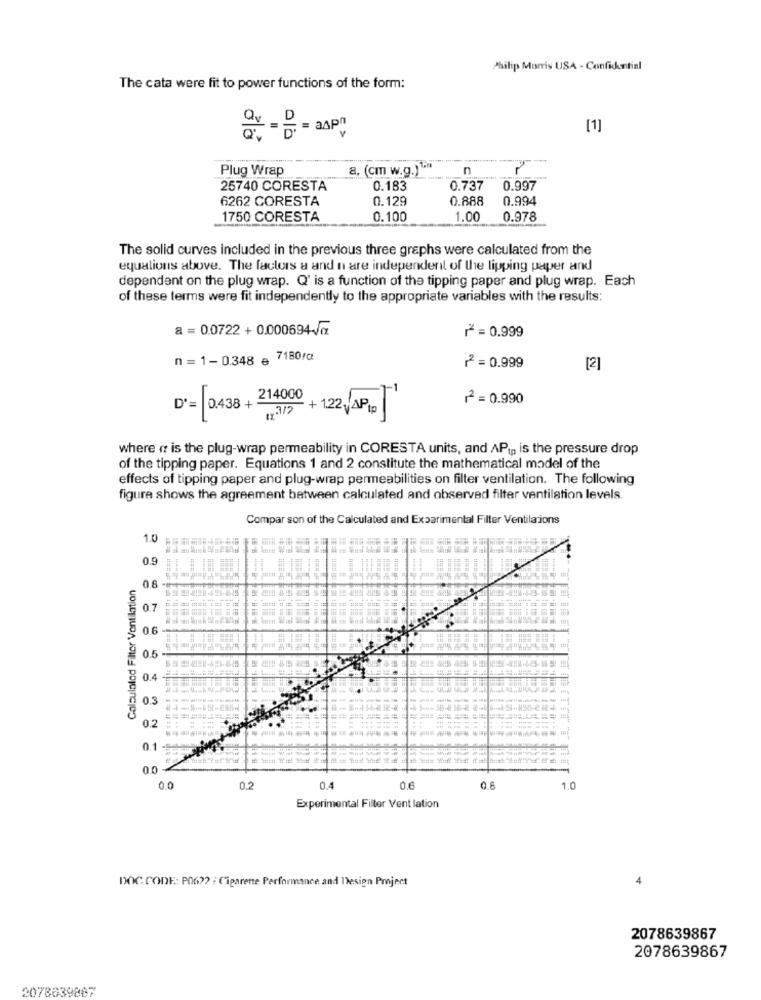
Philip Morris USA - Confidential
The cata were fit to power functions of the form:
[1]
ex - B = RAP;
Plug Wrap
a. (cm w.g.)1.
n
25740 CORESTA
0.183
0.737
0.997
6262 CORESTA
0.129
0.888
0.994
1750 CORESTA
0.100
1.00
0.978
The solid curves included in the previous three graphs were calculated from the
equations above. The factors a and n are independent of the lipping paper and
dependent on the plug wrap. Q' is a function of the tipping paper and plug wrap. Each
of these terms were fit independently to the appropriate variables with the results:
a = 0.0722 + 0.000694-vaz
₼ = 0.999
n = 1- 0.348 e 7180/c
2 = 0.999
[2]
2 = 0.990
D *= [043 + 214000+12/AP1 ]
where « is the plug-wrap permeability in CORESTA units, and APip is the pressure drop
of the tipping paper. Equations 1 and 2 constitute the mathematical model of the
effects of tipping paper and plug-wrap permeabilities on filter ventilation. The following
figure shows the agreement between calculated and observed filter ventilation levels.
Compar son of the Calculated and Experimental Filter Ventilaions
1.0
0.9 11 1
Calculolod Filter Ventilation
0.8
0.7
05 -
0.4
0.3
0.2
0.1
0.0
0.0
0.2
0.4
0.6
1.0
Experimental Filter Vent lation
4
DOC CODE: P06 ?? : Cigarette Performance and Design Project
2078639867
2078639867
2078639867